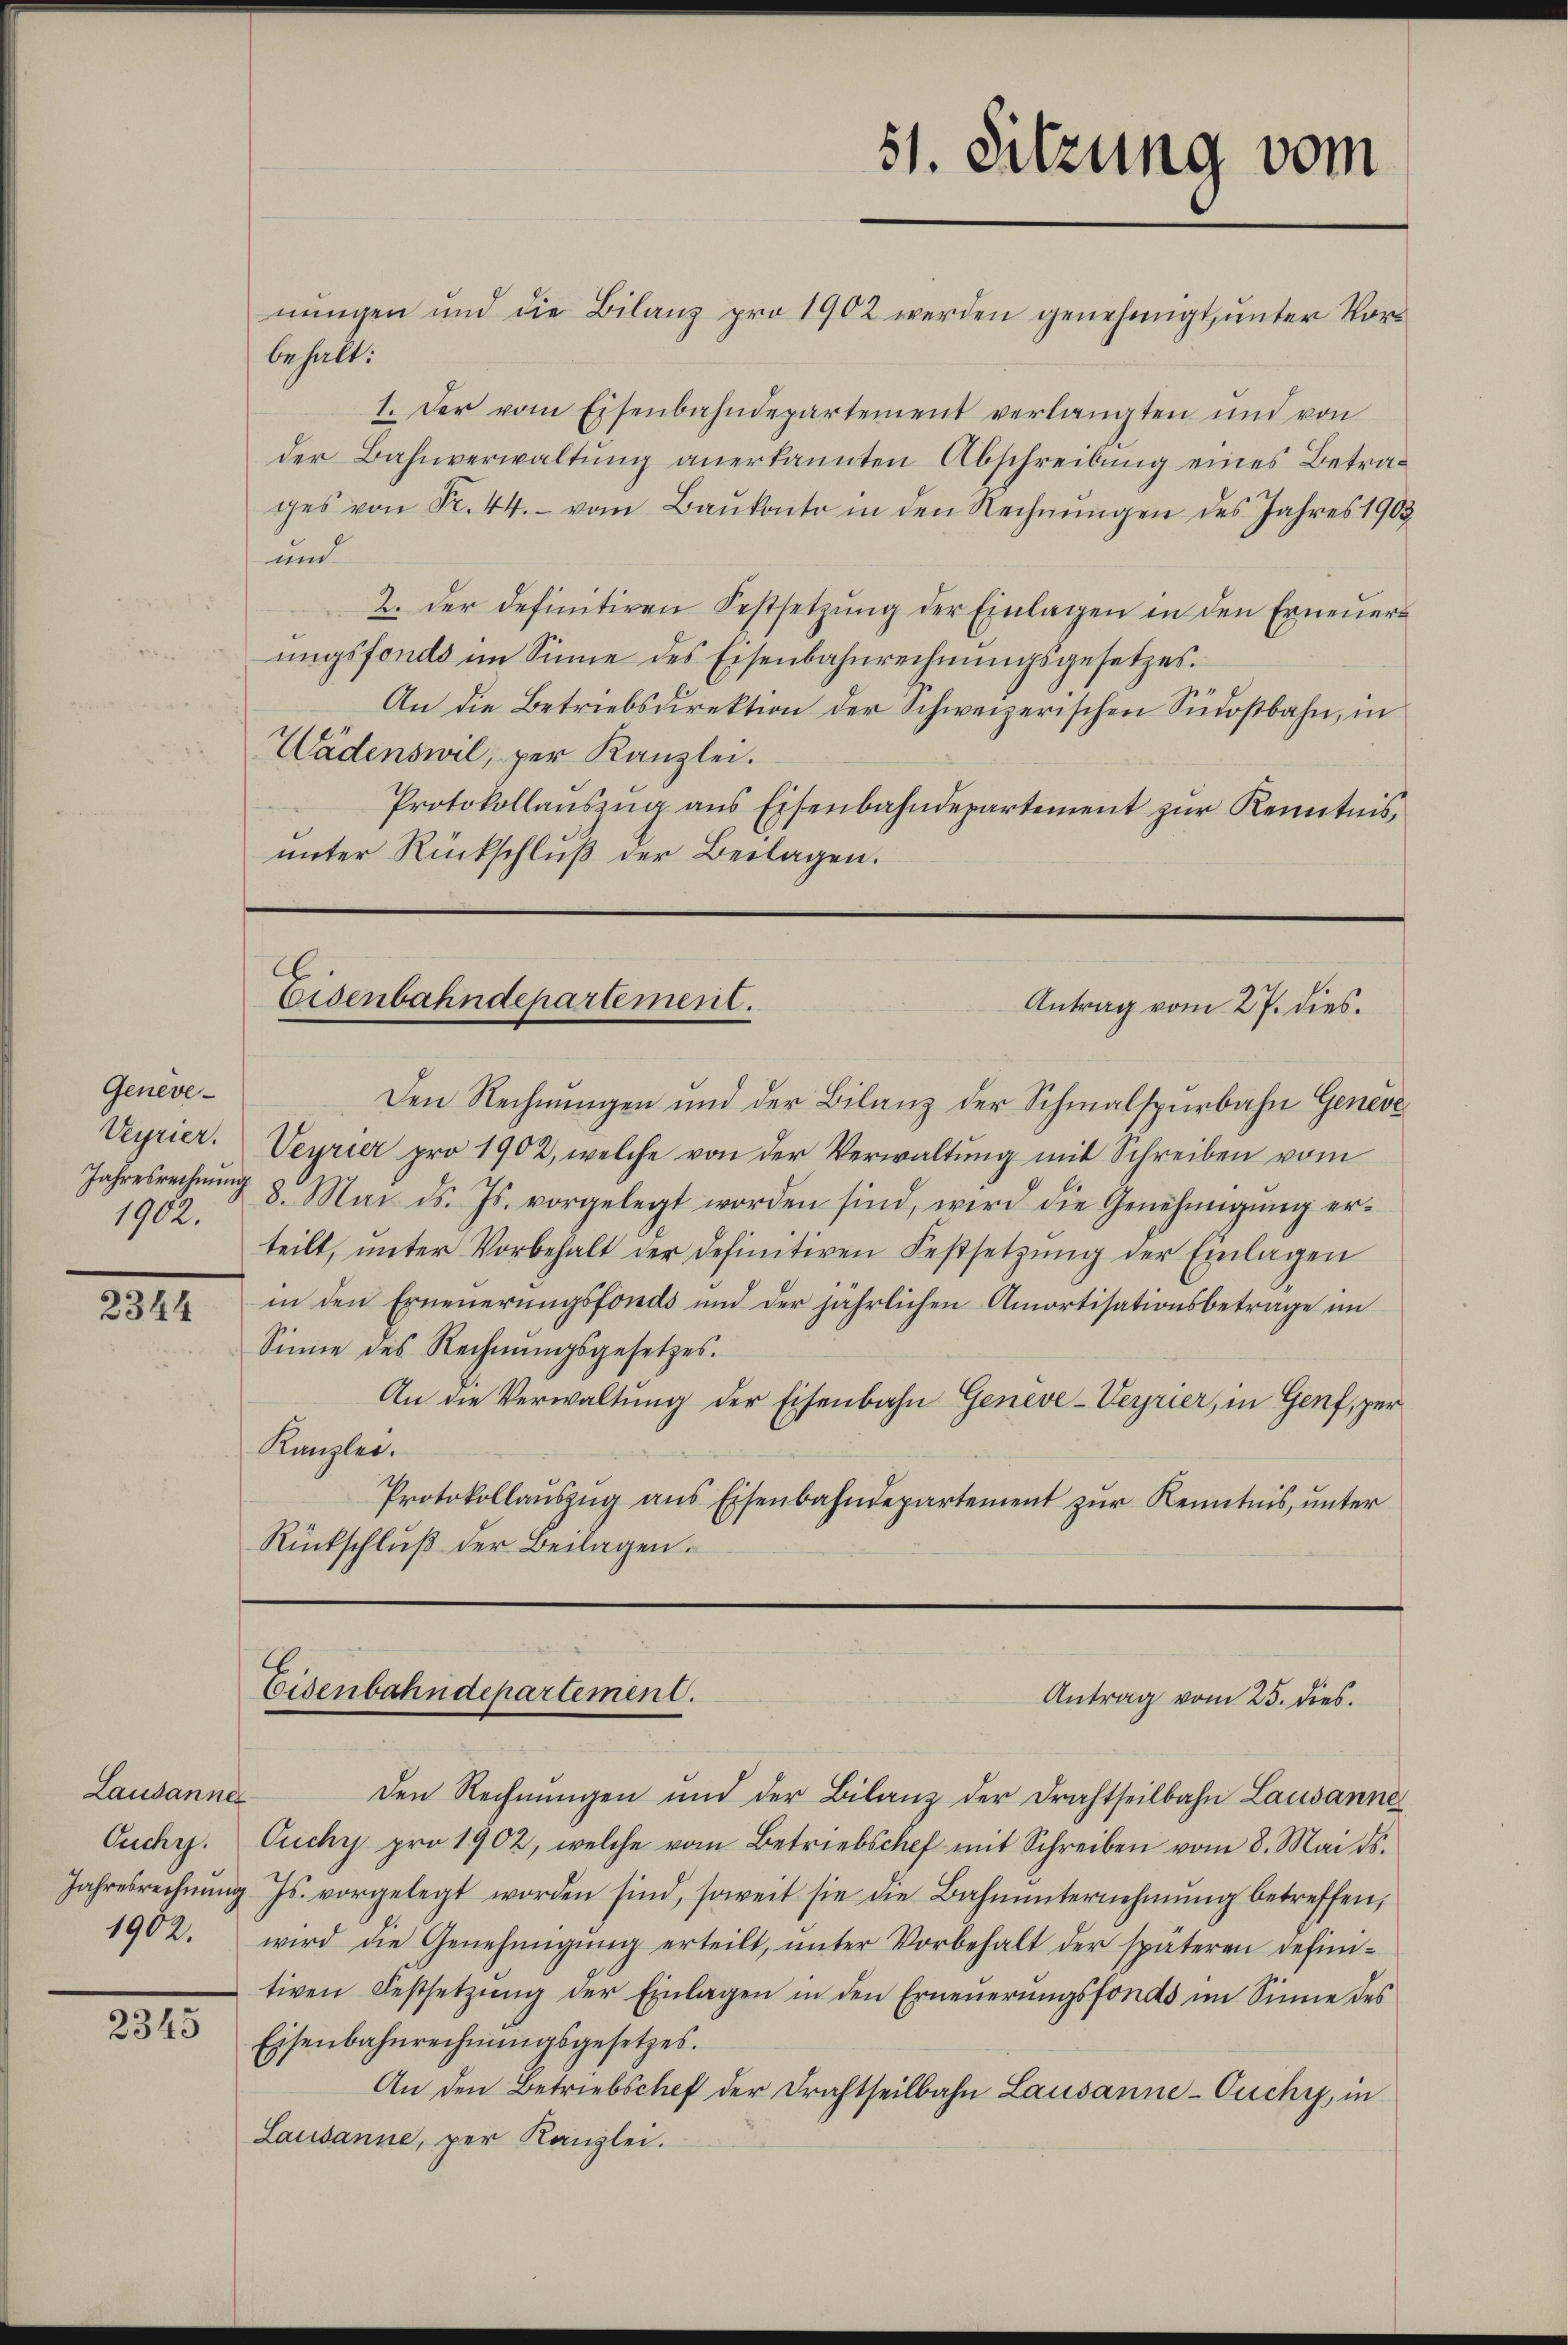
Geneve¬
Verrier.
1902.

2344

Lausanne
1902.

2345

51. Sitzung vom
nŭngen und die Bilanz pro 1902 werden genehmigt, ŭnter Vor-

behalt:
1. Der vom Eisenbahndepartement verlangten und von
der Bahnverwaltung anerkannten Abschreibung eines Betrages von Fr. 44. vom Baŭkonto in den Rechnŭngen des Jahres 1903.
und
2. der definitiven Festsetzŭng der Einlagen in den Erneŭer-
ungsfonds im Sinne des Eisenbahnrechnungsgesetzes.
An die Betriebsdirektion der Schweizerischen Südostbahn, in
Wädenswil, per Kanzlei.
Protokollaŭszŭg ans Eisenbahndepartement zŭr Kenntnis,
unter Rückschluß der Beilagen.

Eisenbahndepartement.
Antrag vom 27. dies

Den Rechnungen und der Bilanz der Schmalspurbahn Geneve
Veyrier pro 1902, welche von der Verwaltŭng mit Schreiben vom
Jahresrechnŭng 8. Mai d. Js. vorgelegt worden sind, wird die Genehmigŭng er-
teilt, unter Vorbehalt der definitiven Festsetzung der Einlagen
in den Erneuerungsfonds und der jährlichen Amortisationsbetrage im
Sinne des Rechnŭngsgesetzes.
An die Verwaltung der Eisenbahn Genève-Verrier, in Genf, zur
Kanzlei.
Protokollaŭszŭg ans Eisenbahndepartement zŭr Kenntnis, unter
Rückschluß der Beilagen.

B.
Eisenbahndepartement.
Antrag vom 25. dies.

den Rechnungen und der Bilanz der Drahtseilbahn Lausanne
Ouchy. Ouchy pro 1902, welche vom Betriebschef mit Schreiben vom 8. Mai ds.
Jahresrechnŭng Js. vorgelegt worden sind, soweit sie die Bahnŭnternehmŭng betreffen,
wird die Genehmigŭng erteilt, ŭnter Vorbehalt der späteren defini-
tiven Festsetzŭng der Einlagen in den Erneŭerŭngsfonds im Sinne des
Eisenbahnrechnŭngsgesetzes.
An den Betriebschef der Drahtheilbahn Lausanne-Ouchy, in
Lausanne, per Kanzlei.